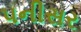
પનીસર